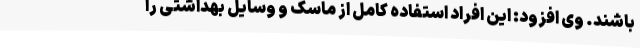
باشند. وی افزود: این افراد استفاده کامل از ماسک و وسایل بهداشتی را